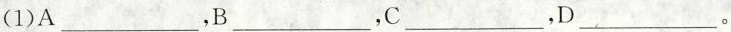
(1)A___，B___，C___，D___。